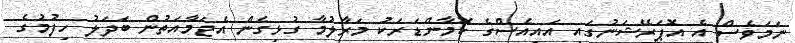
ނަމަވެސް އެ އޮޕަރޭޝަނުގައި އައިއެސްގެ ކޮމާންޑަރަކު މަރާލުމާ ގުޅިގެން އެޖަމާއަތުން ބަދަލު ހިފުމުގެ